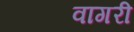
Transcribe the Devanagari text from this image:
वागरी